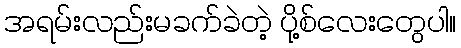
အရမ်းလည်းမခက်ခဲတဲ့ ပို့စ်လေးတွေပါ။